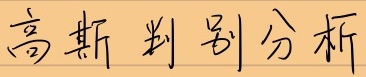
高斯判别分析